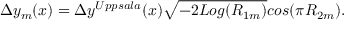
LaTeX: \Delta y _ { m } ( x ) = \Delta y ^ { U p p s a l a } ( x ) \sqrt { - 2 L o g ( R _ { 1 m } ) } c o s ( \pi R _ { 2 m } ) .